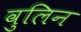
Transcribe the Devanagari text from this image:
वुलिन